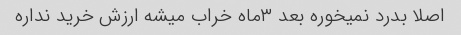
اصلا بدرد نمیخوره بعد ۳ماه خراب میشه ارزش خرید نداره